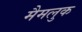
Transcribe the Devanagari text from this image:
मैमलुक